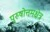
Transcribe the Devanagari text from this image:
पुरुषोत्तमक्षेत्र